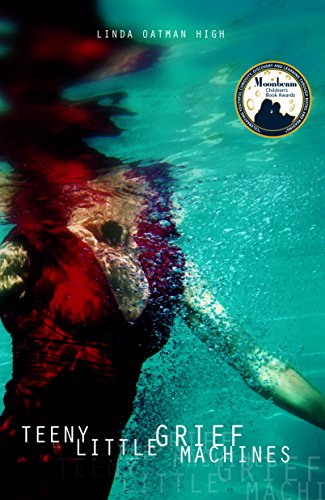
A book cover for Teeny Little Grief Machines (Gravel Road); Linda Oatman High; Teen & Young Adult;